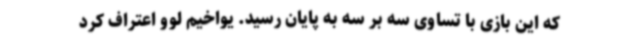
که این بازی با تساوی سه بر سه به پایان رسید. یواخیم لوو اعتراف کرد